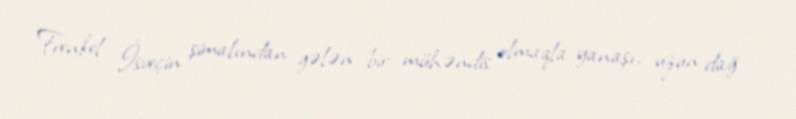
Frenkel İsveçin şimalından gələn bir mühəndis olmaqla yanaşı, uzun dağ